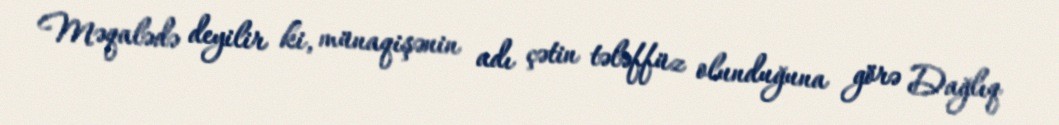
Məqalədə deyilir ki, münaqişənin adı çətin tələffüz olunduğuna görə Dağlıq